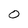
Character: O